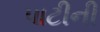
પાટીની